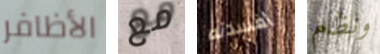
الأظافر مع أفسدته ونظام